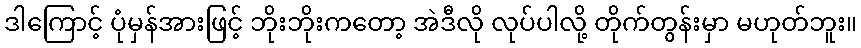
ဒါကြောင့် ပုံမှန်အားဖြင့် ဘိုးဘိုးကတော့ အဲဒီလို လုပ်ပါလို့ တိုက်တွန်းမှာ မဟုတ်ဘူး။